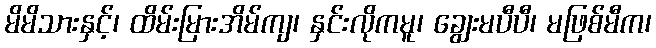
မိမိသားနှင့်၊ ထိမ်းမြားအိမ်ကျ၊ နှင်းလိုကမူ၊ ချွေးမပီပီ၊ မဖြစ်မီက၊